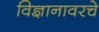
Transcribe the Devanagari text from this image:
विज्ञानावरचे